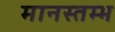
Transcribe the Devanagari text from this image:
मानस्तम्भ